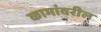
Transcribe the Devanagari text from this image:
कामांवरील